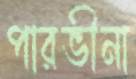
পারভীনা